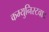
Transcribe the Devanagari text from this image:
कम्युनिस्टवाद